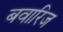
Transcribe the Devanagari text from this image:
बवारिज